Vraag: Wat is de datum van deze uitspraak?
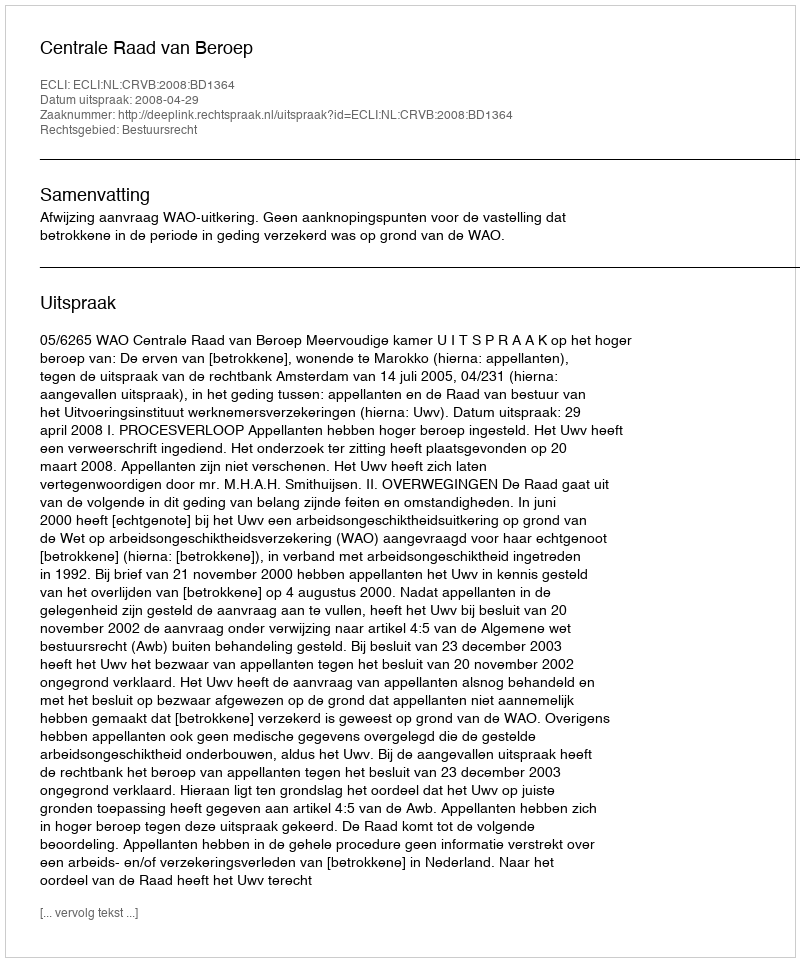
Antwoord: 2008-04-29